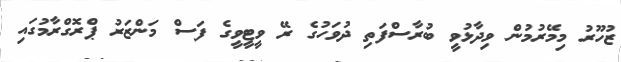
ޒުހޫރު މިމޭރުމުން ވިދާޅުވީ ބުރާސްފަތި ދުވަހުގެ ރޭ ވީޓީވީގެ ފަސް މަންޒަރު ޕްރޮގްރާމުގައި